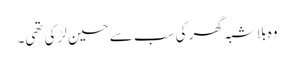
وہ بلا شبہ گھر کی سب سے حسین لڑکی تھی۔